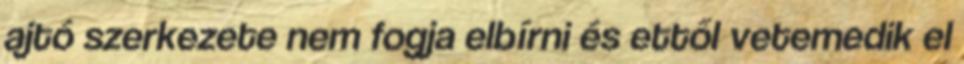
ajtó szerkezete nem fogja elbírni és ettől vetemedik el